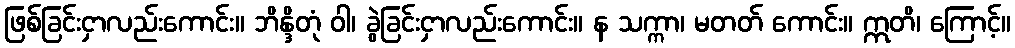
ဖြစ်ခြင်းငှာလည်းကောင်း။ ဘိန္ဒိတုံ ဝါ၊ ခွဲခြင်းငှာလည်းကောင်း။ န သက္ကာ၊ မတတ် ကောင်း။ ဣတိ၊ ကြောင့်။